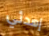
إهدئي